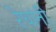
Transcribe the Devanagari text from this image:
रेघांनी